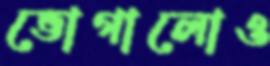
ভোগালোও